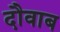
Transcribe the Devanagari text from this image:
दौवाब